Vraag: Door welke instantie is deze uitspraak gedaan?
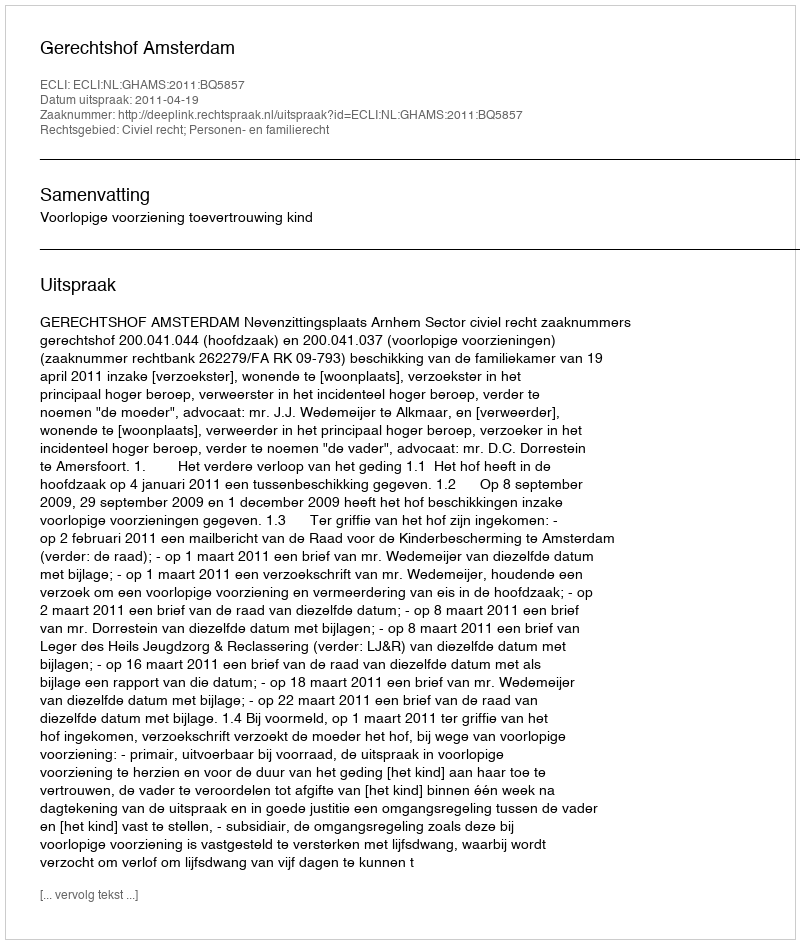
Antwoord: Gerechtshof Amsterdam